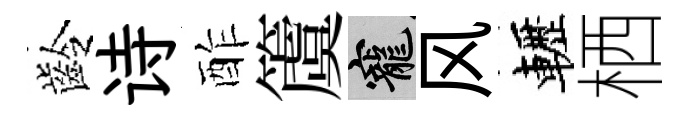
齡诗酢𥵂寵风轣栖